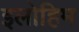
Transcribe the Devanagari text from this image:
इलोहिम